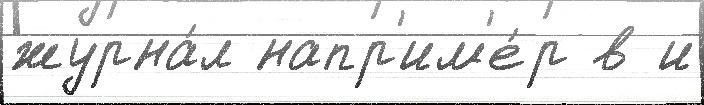
журна́л напр'им'е́р в и